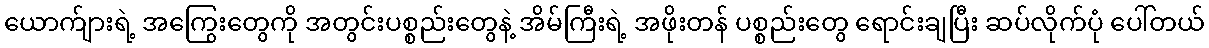
ယောက်ျားရဲ့ အကြွေးတွေကို အတွင်းပစ္စည်းတွေနဲ့ အိမ်ကြီးရဲ့ အဖိုးတန် ပစ္စည်းတွေ ရောင်းချပြီး ဆပ်လိုက်ပုံ ပေါ်တယ်